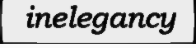
inelegancy